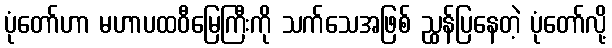
ပုံတော်ဟာ မဟာပထဝီမြေကြီးကို သက်သေအဖြစ် ညွှန်ပြနေတဲ့ ပုံတော်လို့